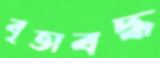
বৃত্তাবদ্ধ